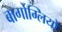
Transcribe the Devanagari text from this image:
बार्गोग्लियो